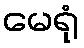
မေရုံ